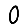
Digit: 0